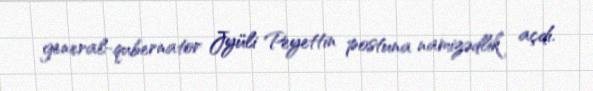
general-qubernator Jyüli Peyettin postuna namizədlik açdı.